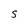
Character: S